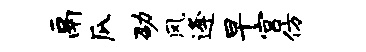
鬲瓜劭风逄早宫仿